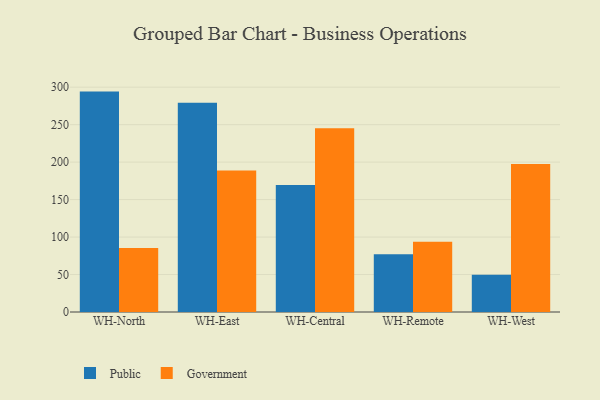
{"axis": {"x": "Warehouse", "y": "Conversion Rate (%)"}, "legend": ["Government", "Public"], "data": [{"x": "WH-North", "y": 294.1, "type": "Public"}, {"x": "WH-North", "y": 85.5, "type": "Government"}, {"x": "WH-East", "y": 279.1, "type": "Public"}, {"x": "WH-East", "y": 188.8, "type": "Government"}, {"x": "WH-Central", "y": 169.4, "type": "Public"}, {"x": "WH-Central", "y": 245.3, "type": "Government"}, {"x": "WH-Remote", "y": 77.0, "type": "Public"}, {"x": "WH-Remote", "y": 93.7, "type": "Government"}, {"x": "WH-West", "y": 49.6, "type": "Public"}, {"x": "WH-West", "y": 197.6, "type": "Government"}]}